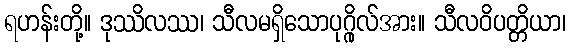
ရဟန်းတို့။ ဒုဿိလဿ၊ သီလမရှိသောပုဂ္ဂိုလ်အား။ သီလဝိပတ္တိယာ၊